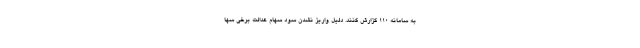
به سامانه ۱۱۰ گزارش کنند. دلیل واریز نشدن سود سهام عدالت برخی سها